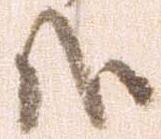
哉